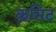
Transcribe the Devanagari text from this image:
कमिट